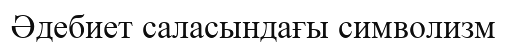
Әдебиет саласындағы символизм